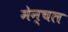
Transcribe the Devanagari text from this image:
मेन्चल